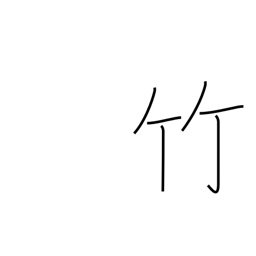
Meaning: bamboo